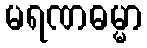
မရဏဓမ္မာ